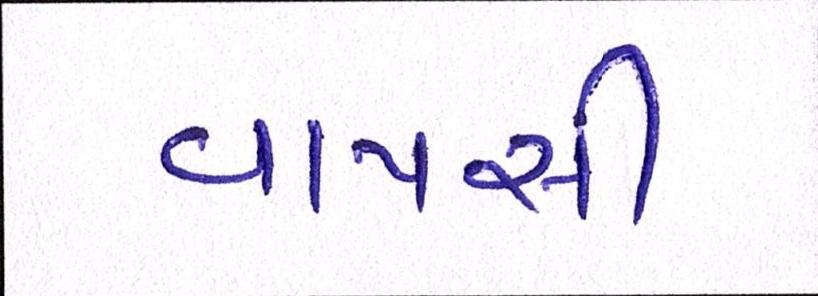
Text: વાપસી